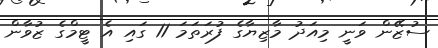
ސުޒޭން ވަނީ މިއަދު މާޒިޔާގެ ފުރަތަމަ 11 ގައި އެ ޓީމްގެ ޒުވާން